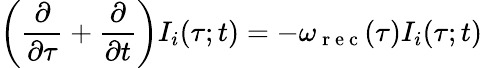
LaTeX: \left(\frac{\partial}{\partial\tau}+\frac{\partial}{\partial t}\right)I_{i}(\tau;t)=-\omega_{\mathrm{~r~e~c~}}(\tau)I_{i}(\tau;t)